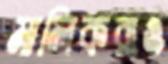
মালিকরাও